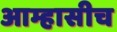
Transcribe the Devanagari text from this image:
आम्हासीच